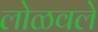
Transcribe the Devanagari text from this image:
लोळवले